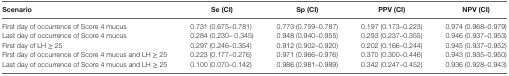
<table><thead><tr><td><b>Scenario</b></td><td><b>Se (CI)</b></td><td><b>Sp (CI)</b></td><td><b>PPV (CI)</b></td><td><b>NPV (CI)</b></td></tr></thead><tbody><tr><td>First day of occurrence of Score 4 mucus</td><td>0.731 (0.675–0.781)</td><td>0.773 (0.759–0.787)</td><td>0.197 (0.173–0.223)</td><td>0.974 (0.968–0.979)</td></tr><tr><td>Last day of occurrence of Score 4 mucus</td><td>0.284 (0.230– 0.345)</td><td>0.948 (0.940–0.955)</td><td>0.293 (0.237–0.355)</td><td>0.946 (0.937–0.953)</td></tr><tr><td>First day of LH ≥ 25</td><td>0.297 (0.246–0.354)</td><td>0.912 (0.902–0.920)</td><td>0.202 (0.166–0.244)</td><td>0.945 (0.937–0.952)</td></tr><tr><td>First day of occurrence of Score 4 mucus and LH ≥ 25</td><td>0.223 (0.177–0.276)</td><td>0.971 (0.966–0.976)</td><td>0.370 (0.300–0.446)</td><td>0.943 (0.935–0.950)</td></tr><tr><td>Last day of occurrence of Score 4 mucus and LH ≥ 25</td><td>0.100 (0.070–0.142)</td><td>0.986 (0.981–0.989)</td><td>0.342 (0.247–0.452)</td><td>0.936 (0.928–0.943)</td></tr></tbody></table>